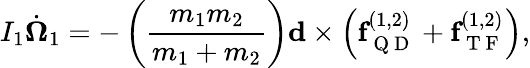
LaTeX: I_{1}\dot{\mathbf{\Omega}}_{1}=-\left(\frac{m_{1}m_{2}}{m_{1}+m_{2}}\right)\textbf{d}\times\left(\textbf{f}_{\mathrm{~Q~D~}}^{(1,2)}+\textbf{f}_{\mathrm{~T~F~}}^{(1,2)}\right),